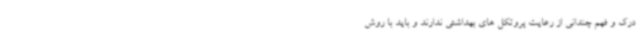
درک و فهم چندانی از رعایت پروتکل های بهداشتی ندارند و باید با روش